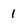
Character: 1